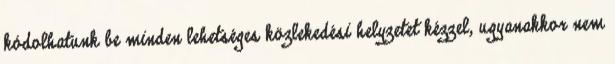
kódolhatunk be minden lehetséges közlekedési helyzetet kézzel, ugyanakkor nem